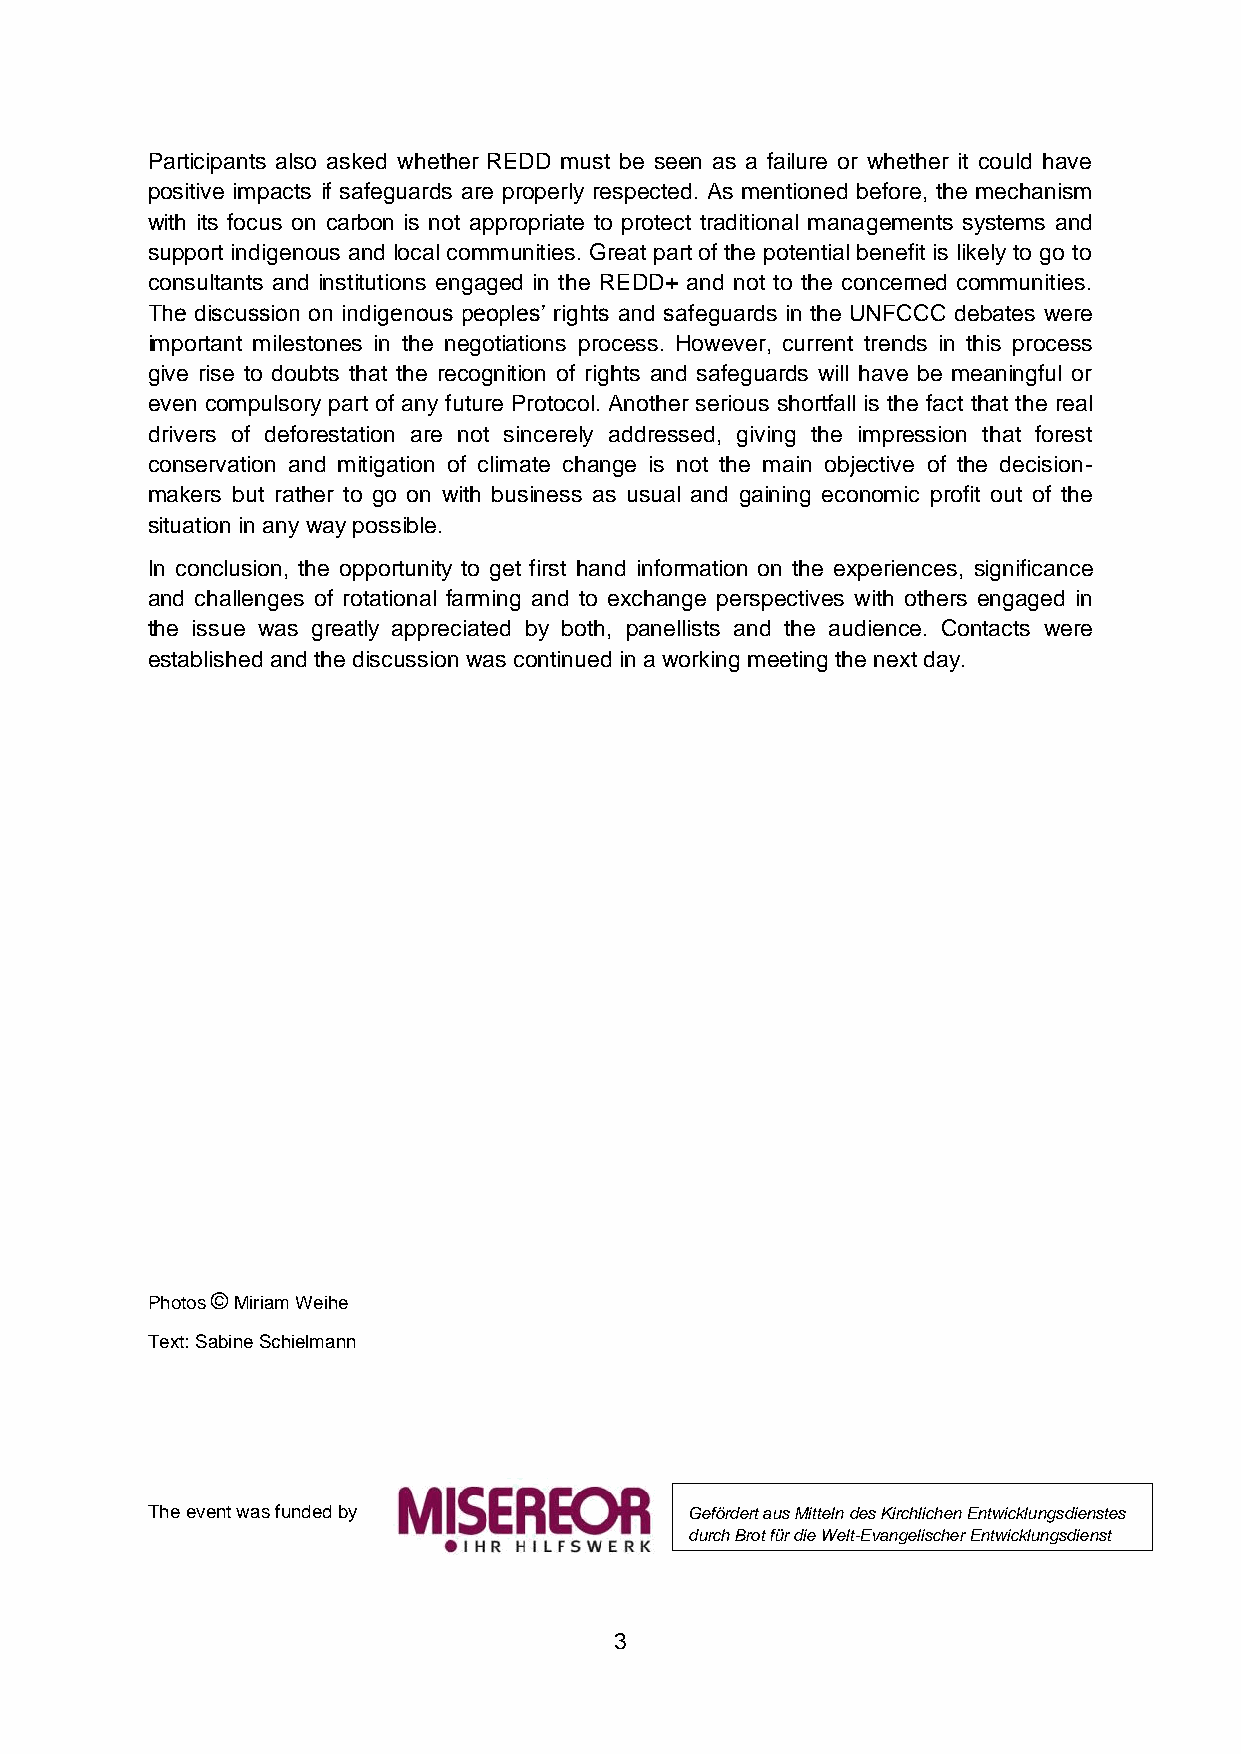
Participants also asked whether REDD must be seen as a failure or whether it could have
 positive impacts if safeguards are properly respected. As mentioned before, the mechanism
 with its focus on carbon is not appropriate to protect traditional managements systems and
 support indigenous and local communities. Great part of the potential benefit is likely to go to
 consultants and institutions engaged in the REDD+ and not to the concerned communities.
 The discussion on indigenous peoples’ rights and safeguards in the UNFCCC debates were
 important milestones in the negotiations process. However, current trends in this process
 give rise to doubts that the recognition of rights and safeguards will have be meaningful or
 even compulsory part of any future Protocol. Another serious shortfall is the fact that the real
 drivers of deforestation are not sincerely addressed, giving the impression that forest
 conservation and mitigation of climate change is not the main objective of the decision-
 makers but rather to go on with business as usual and gaining economic profit out of the
 situation in any way possible.
 In conclusion, the opportunity to get first hand information on the experiences, significance
 and challenges of rotational farming and to exchange perspectives with others engaged in
 the issue was greatly appreciated by both, panellists and the audience. Contacts were
 established and the discussion was continued in a working meeting the next day.
 Photos © Miriam Weihe
 Text: Sabine Schielmann
 The event was funded by             Gefördert aus Mitteln des Kirchlichen Entwicklungsdienstes
 durch Brot für die Welt-Evangelischer Entwicklungsdienst
 3